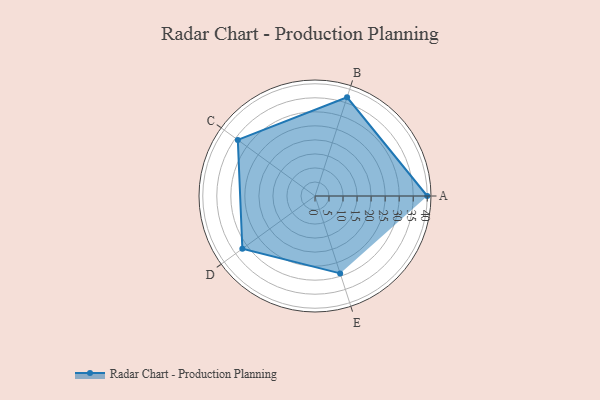
{"axis": {"x": "Skill", "y": "Score"}, "legend": ["Profile"], "data": [{"x": "A", "y": 40.0, "type": "Profile"}, {"x": "B", "y": 37.0, "type": "Profile"}, {"x": "C", "y": 34.0, "type": "Profile"}, {"x": "D", "y": 32.0, "type": "Profile"}, {"x": "E", "y": 29.0, "type": "Profile"}]}